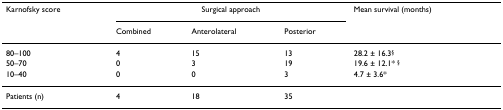
<table><thead><tr><td><b>Karnofsky score</b></td><td colspan="3"><b>Surgical approach</b></td><td><b>Mean survival (months)</b></td></tr><tr><td></td><td><b>Combined</b></td><td><b>Anterolateral</b></td><td><b>Posterior</b></td><td></td></tr></thead><tbody><tr><td>80–100</td><td>4</td><td>15</td><td>13</td><td>28.2 ± 16.3<sup>§</sup></td></tr><tr><td>50–70</td><td>0</td><td>3</td><td>19</td><td>19.6 ± 12.1* <sup>§</sup></td></tr><tr><td>10–40</td><td>0</td><td>0</td><td>3</td><td>4.7 ± 3.6*</td></tr><tr><td>Patients (n)</td><td>4</td><td>18</td><td>35</td><td></td></tr></tbody></table>